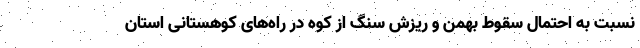
نسبت به احتمال سقوط بهمن و ریزش سنگ از کوه در راه‌های کوهستانی استان